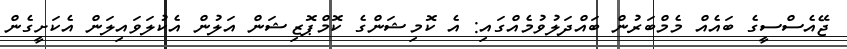
ޖޭއެސްސީގެ ބައެއް މެމްބަރުން ބައްދަލުވުމެއްގައި: އެ ކޮމިޝަންގެ ކޮމްޕޮޒިޝަން އަލުން އެކުލަވައިލަން އެކަށީގެން